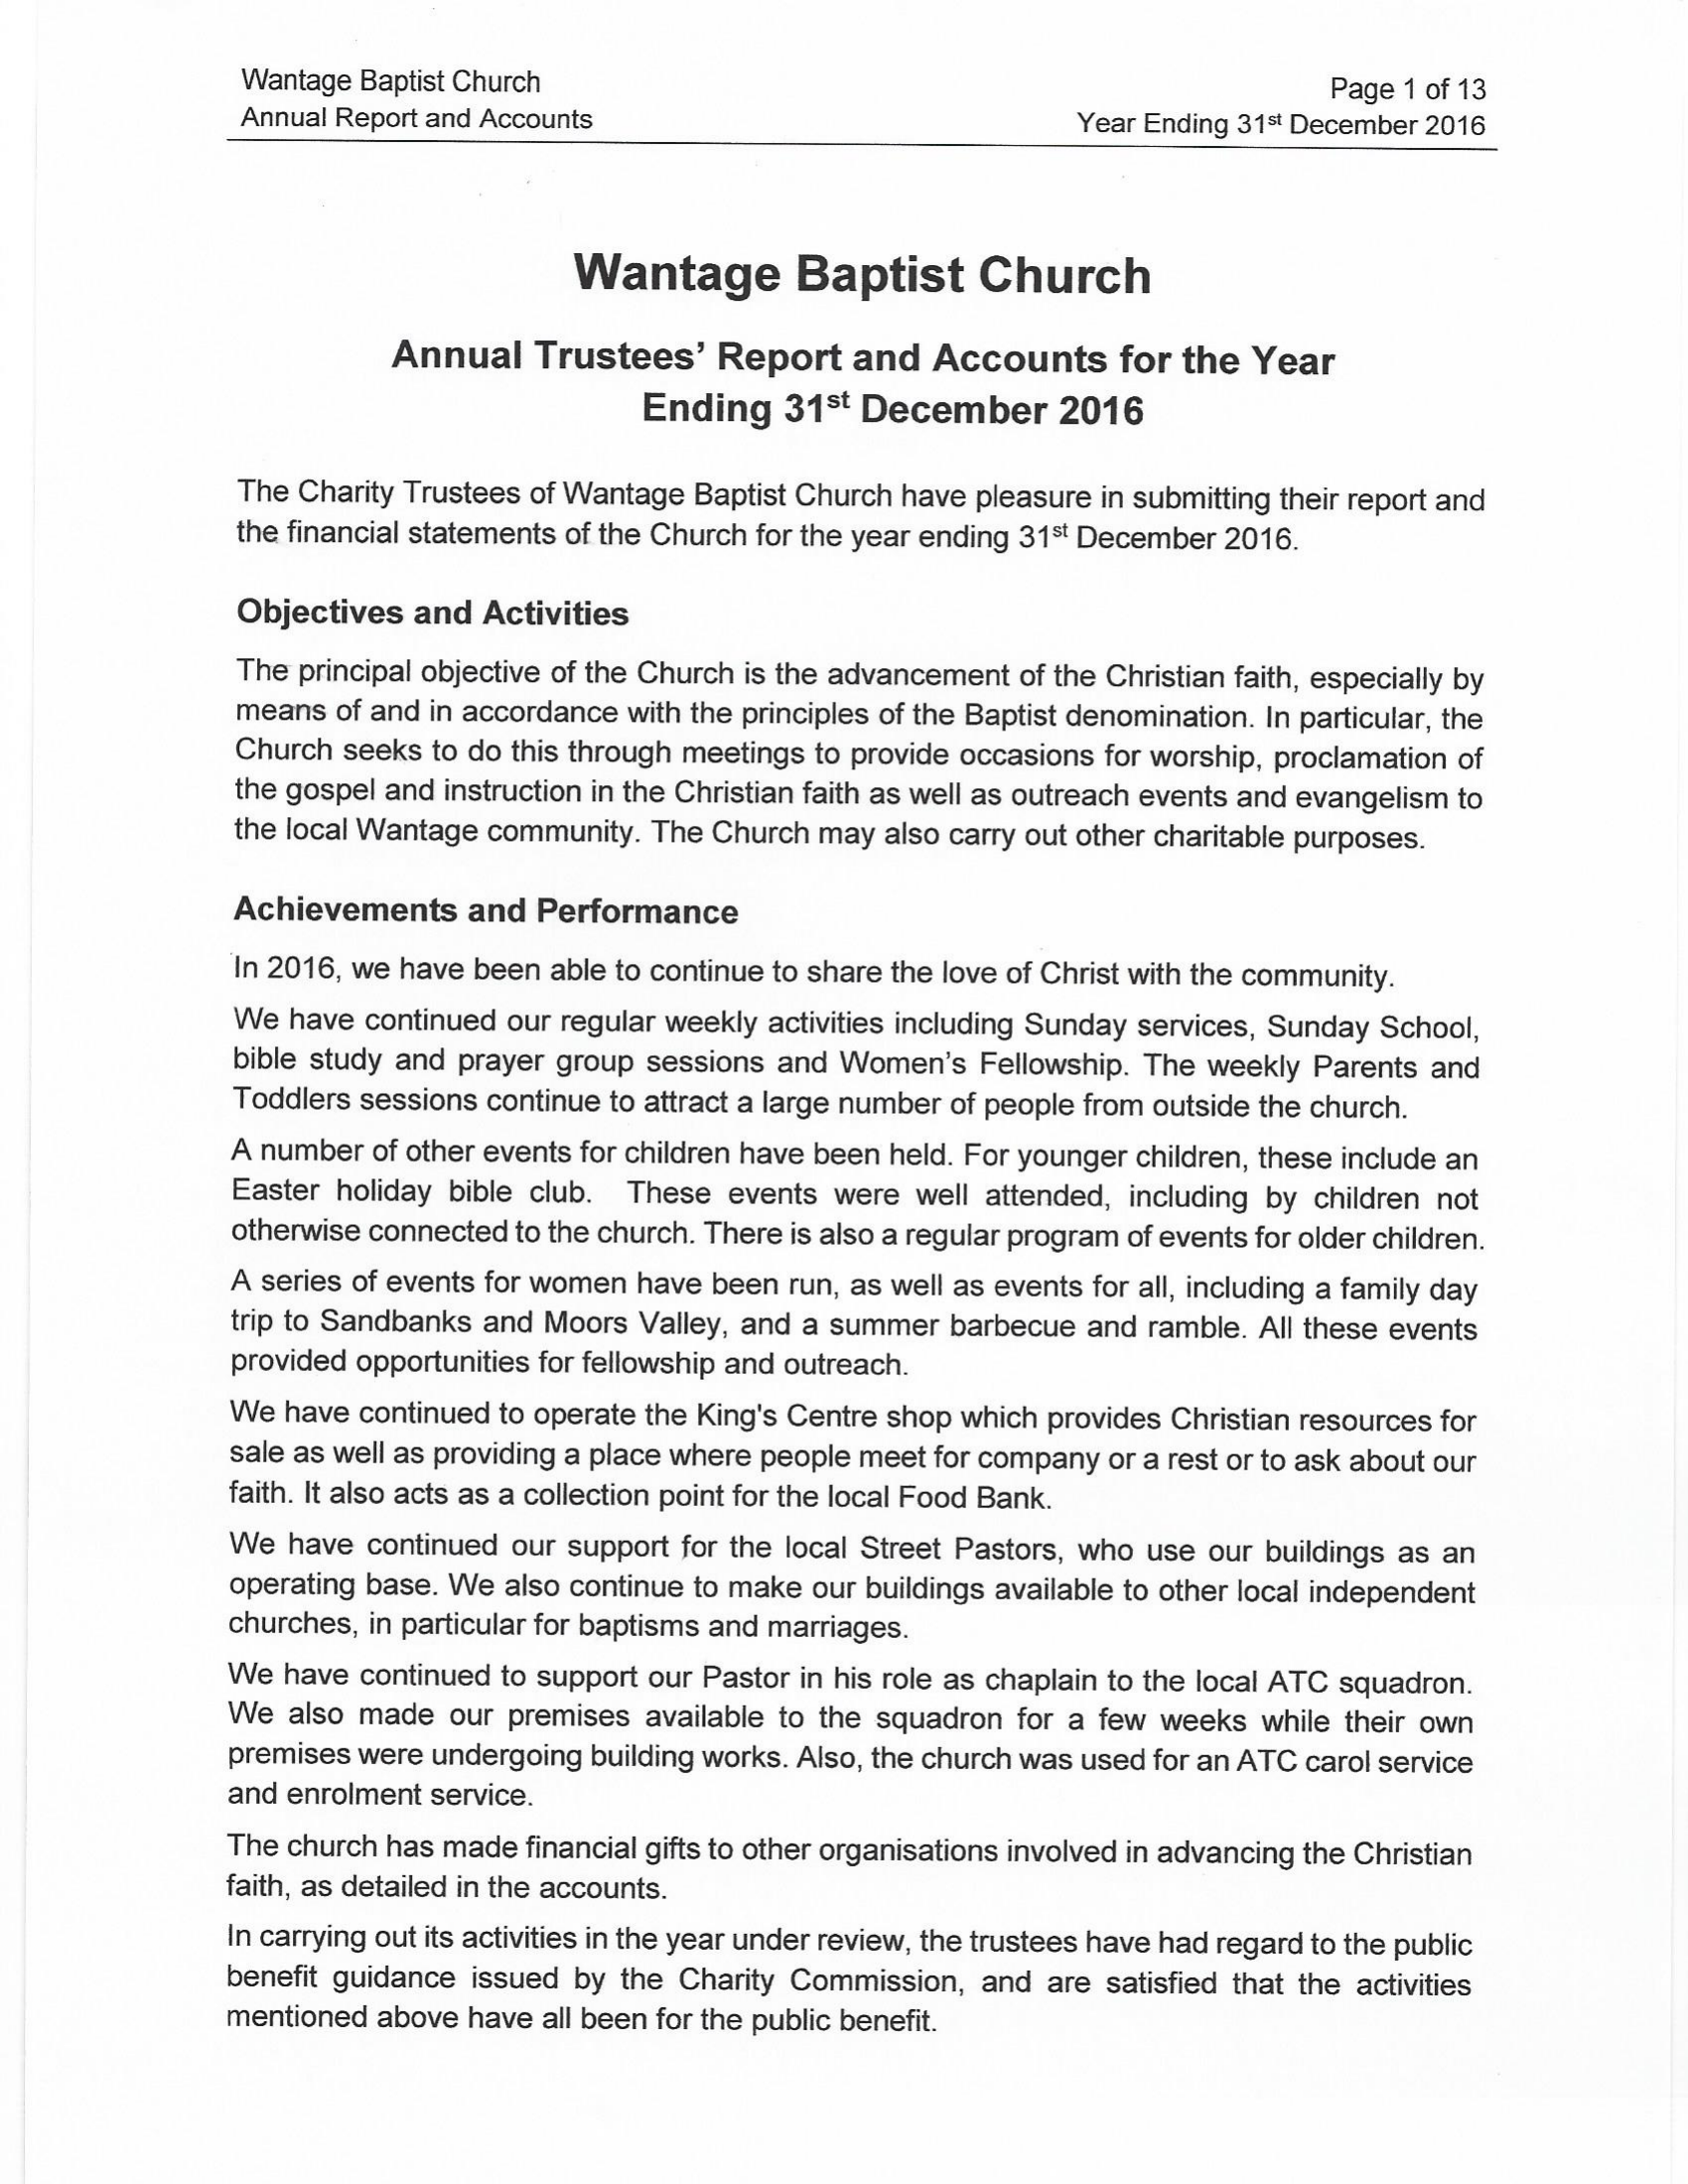
Wantage Baptist Church    Page 1 of 13
     Annual Report and Accounts    Year Ending 31%t December 2016

     Wantage    Baptist    Church
     Annual    Trustees’   Report   and  Accounts    for the  Year
     Ending   315t December    2016
     The Charity Trustees of Wantage Baptist Church have pleasure in submitting their report and
     the financial statements of the Church for the year ending 315t December 2016.
     Objectives  and Activities
     The principal objective of the Church is the advancement of the Christian faith, especially by
     means  of and in accordance with the principles of the Baptist denomination. In particular, the
     Church seeks to do this through meetings to provide occasions for worship, proclamation of
     the gospel and instruction in the Christian faith as well as outreach events and evangelism to
     the local Wantage community. The Church may also carry out other charitable purposes.
     Achievements   and  Performance
     In 2016, we have been able to continue to share the love of Christ with the community.
     We  have continued our regular weekly activities including Sunday services, Sunday School,
     bible study and prayer group sessions and Women’s Fellowship. The weekly Parents and
     Toddlers sessions continue to attract a large number of people from outside the church.
     A number of other events for children have been held. For younger children, these include an
     Easter holiday bible club. These events were well attended, including by children not
     otherwise connected to the church. There is also a regular program of events for older children.
     A series of events for women have been run, as well as events for all, including a family day
     trip to Sandbanks and Moors Valley, and a summer barbecue and ramble. All these events
     provided opportunities for fellowship and outreach.
     We have continued to operate the King's Centre shop which provides Christian resources for
     sale as well as providing a place where people meet for company or a rest or to ask about our
     faith. It also acts as a collection point for the local Food Bank.
     We  have continued our support for the local Street Pastors, who use our buildings as an
     operating base. We also continue to make our buildings available to other local independent
     churches, in particular for baptisms and marriages.
     We have continued to support our Pastor in his role as chaplain to the local ATC squadron.
     We  also made our premises available to the squadron for a few weeks while their own
     premises were undergoing building works. Also, the church was used for an ATC carol service
     and enrolment service.
     The church has made financial gifts to other organisations involved in advancing the Christian
     faith, as detailed in the accounts.
     In carrying out its activities in the year under review, the trustees have had regard to the public
     benefit guidance issued by the Charity Commission, and are satisfied that the activities
     mentioned above have all been for the public benefit.